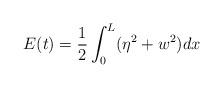
LaTeX: \begin{align*}E( t) =\frac{1}{2}\int_{0}^{L}( \eta^{2}+w^{2})dx\end{align*}